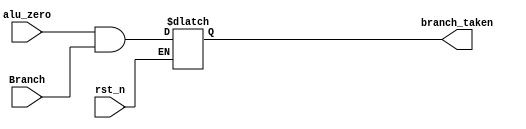
`timescale 1ns / 1ps


module branch_taken(
    input wire rst_n,
    input wire Branch,
    input wire alu_zero,
    output reg branch_taken
);

always @(*) begin
    if (rst_n) begin
        branch_taken = (alu_zero && Branch);
    end 
       
end
endmodule